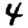
Digit: 4